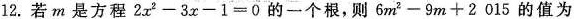
12.若m是方程2x^2-3x-1=0的一个根，则6m^2-9m+2015的值为